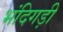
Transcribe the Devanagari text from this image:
भंदिगड़ी